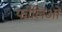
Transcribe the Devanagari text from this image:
फोलिओ